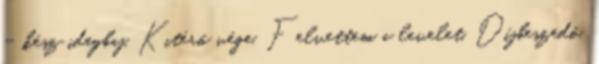
– kész idegbaj. Kitérő vége. Felvettem a levelet. Díjbeszedő.